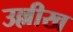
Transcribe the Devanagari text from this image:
उल्लीख